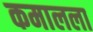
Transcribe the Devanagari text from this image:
कमालला